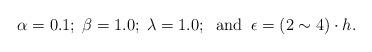
LaTeX: \begin{align*}\alpha =0.1;\; \beta =1.0;\; \lambda =1.0;\;\; \mbox{and}\;\; \epsilon = (2\sim 4) \cdot h.\end{align*}